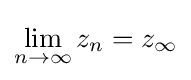
\lim _{n\to \infty }z_{n}=z_{\infty }